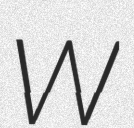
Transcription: W